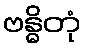
ဗန္ဓိတုံ